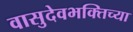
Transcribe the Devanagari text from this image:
वासुदेवभक्तिच्या